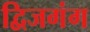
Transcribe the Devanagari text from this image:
द्विजगंग